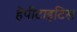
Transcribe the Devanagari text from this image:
हेपीटाइटिस